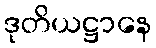
ဒုတိယဋ္ဌာနေ